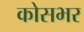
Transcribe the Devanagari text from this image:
कोसभर